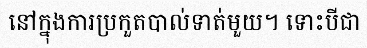
នៅក្នុងការប្រកួតបាល់ទាត់មួយ។ ទោះបីជា